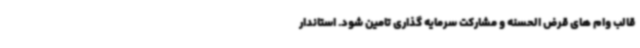
قالب وام های قرض الحسنه و مشارکت سرمایه گذاری تامین شود. استاندار